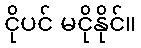
ငိုပင် မငိုနိုင်။